Rongu_vallavalitsus, lk 165
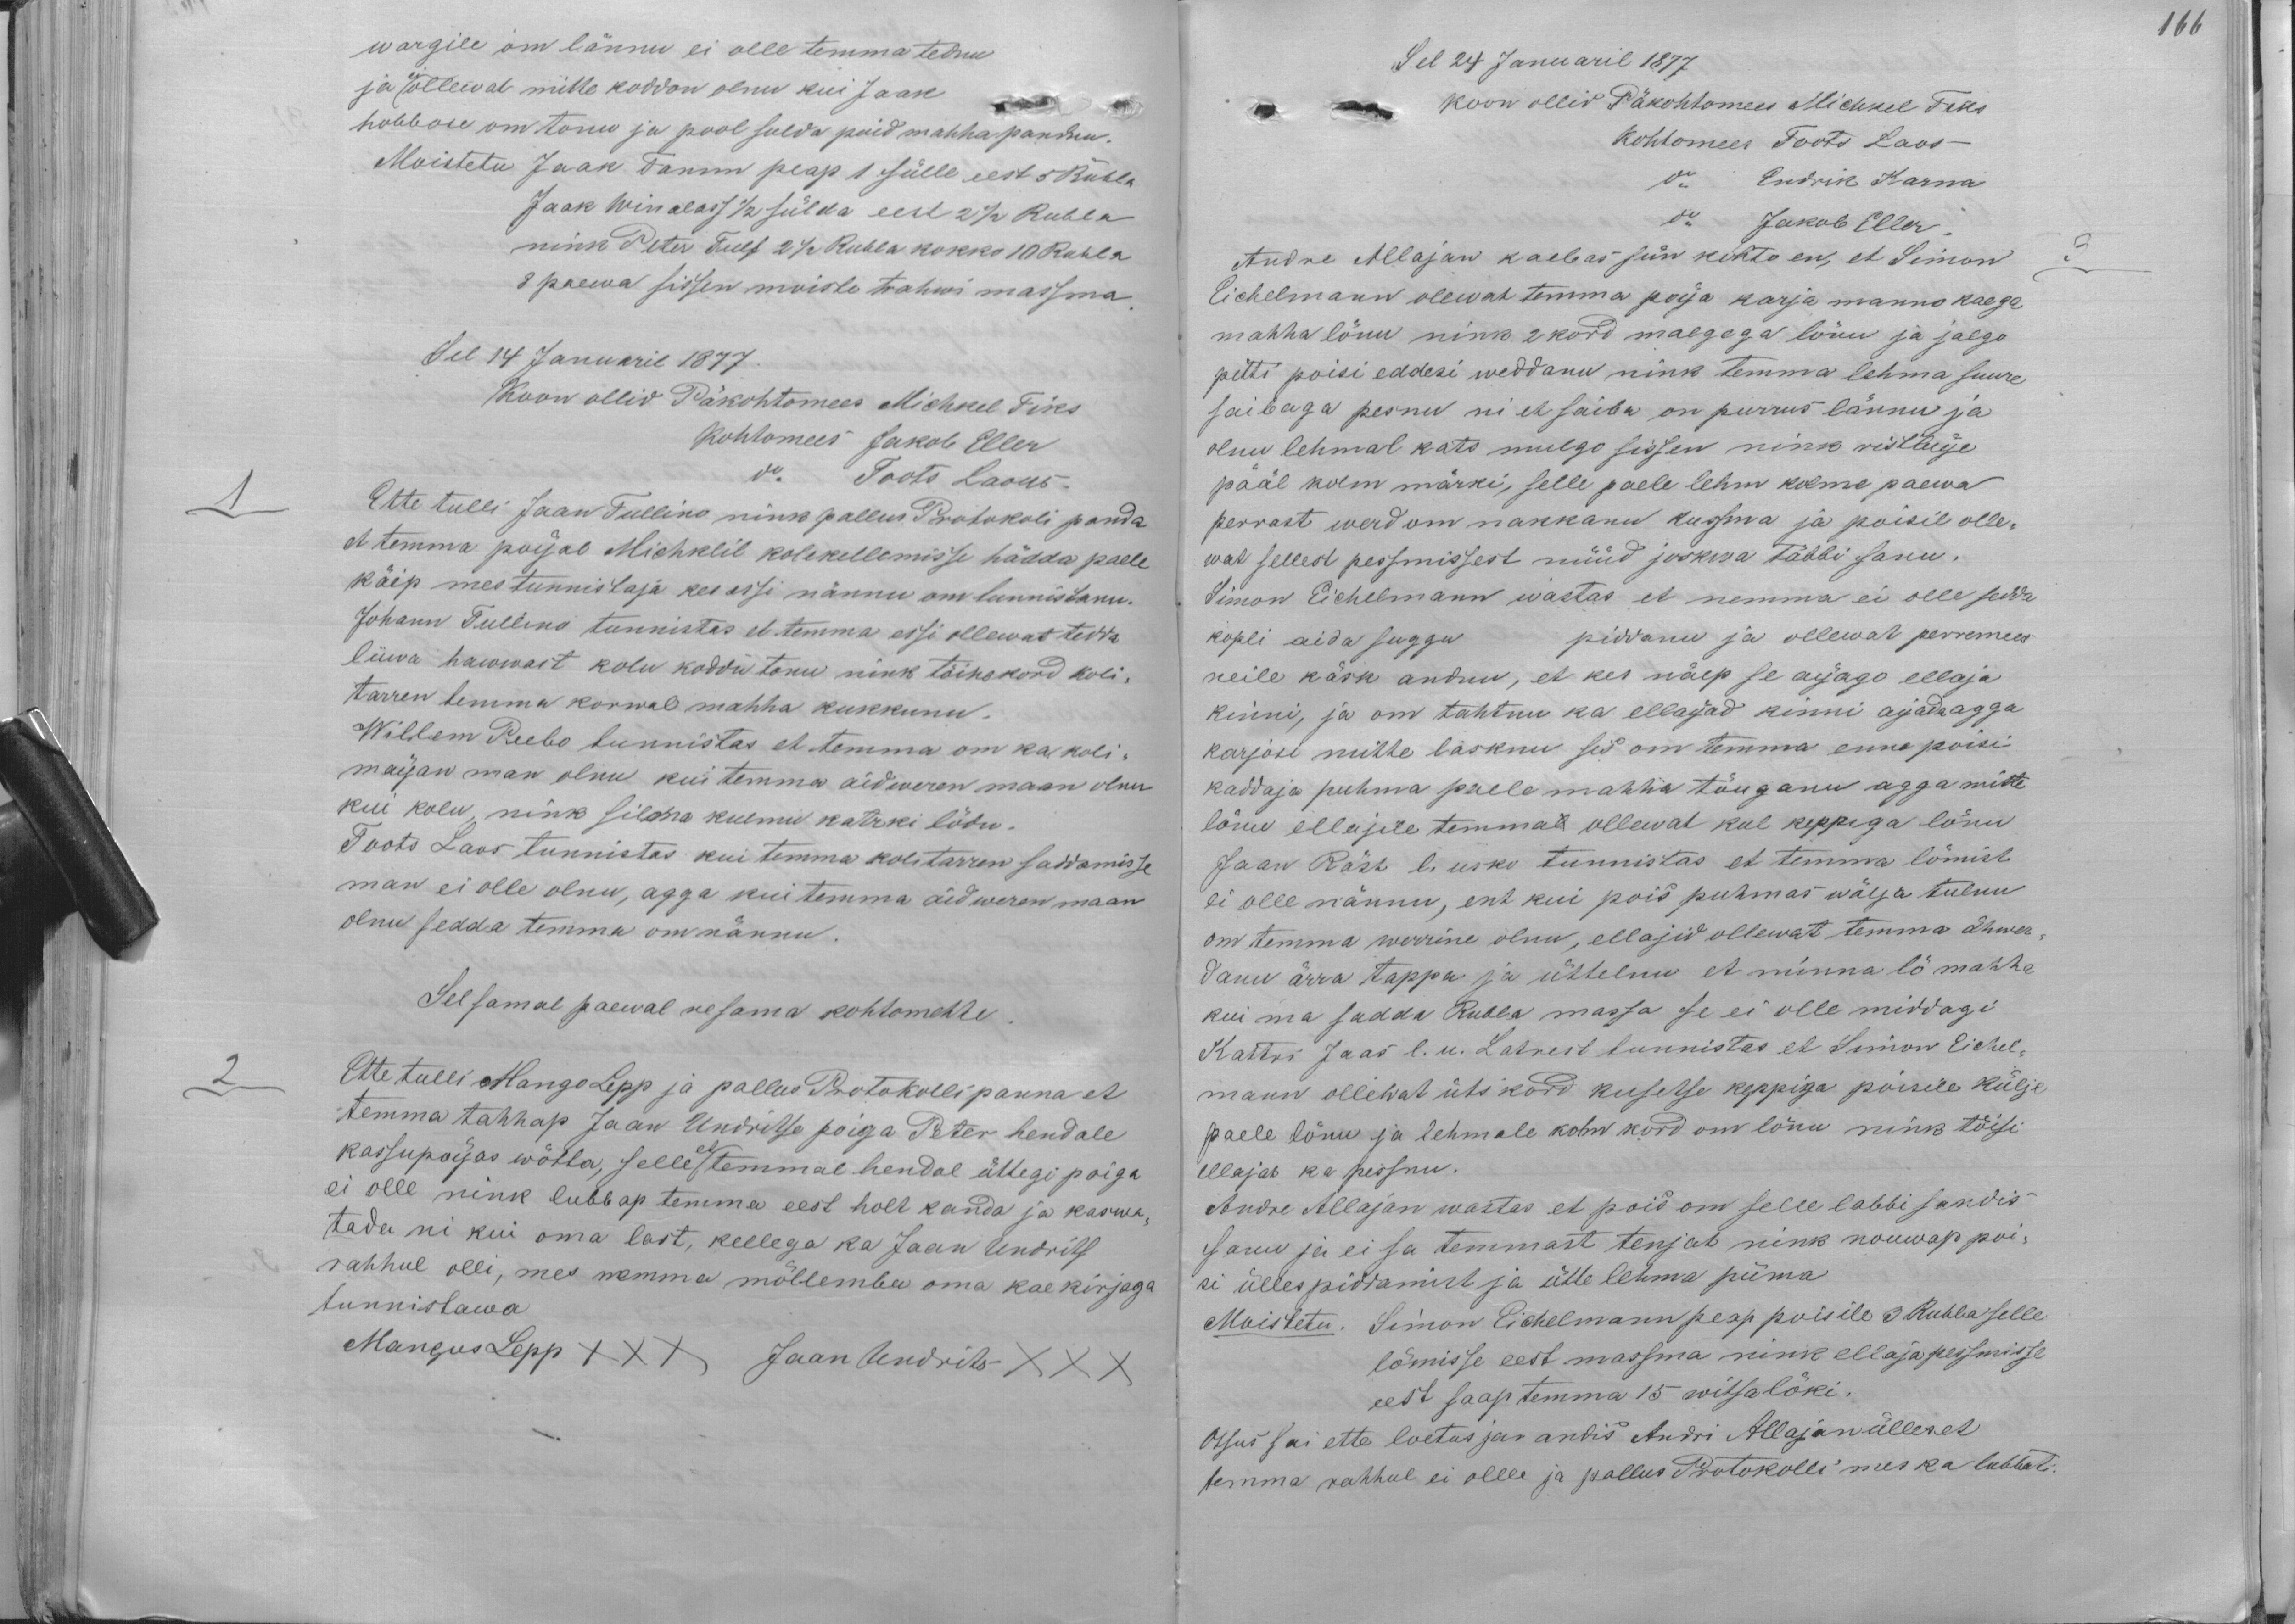
166

wargile om lännu ei olle temma tednu
ja ei ollewat mitte koddon olnu kui Jaak
hobbose om tonu ja pool sulda puid mahha pandnu.
Moistetu Jaak Tamm peap 1 sülle eest 5 Rubla
Jaak Winalass 1/2 sülda eest 2 1/2 Rubla
nink Peter Tulf 2 1/2 Rubla kokko 10 Rubla
8 paewa sissen moiste trahwi massma.
Sel 14 Januaril 1877
Koon ollid Päkohtomees Michkel Tiks
Kohtomees Jakob Eller
do Toots Laous.
Ette tulli Jaan Tullino nink pallus Protokoli panda
et temma poijal Michklil kolekellemisse hädda paele
käip mes tunnistaja kes essi nännu om tunnistanu.
Johann Tullino tunnistas et temma essi ollewat tedda
lüwa hawwast kolu koddu tonu nink tõine kord koli-
tarren temma korwal mahha kukkunu.
Willem Peebo tunnistas et temma om ka koli-
maijan man olnu kui temma aidweren maan olnu
kui kolu, nink silma kulmu katrki lödu.
Toots Laos tunnistas kui temma kolitarren saddamisse
man ei olle olnu, agga kui temma aidweren maan
olnu sedda temma om nännu.
Sel samal paewal nesama kohtomehhe.
2
Ette tulli Hango Lepp ja pallus Protokolli panna et
temma tahhap Jaan Undritse poiga Peter hendale
kassupoijas wõtta, selle et temmal hendal ühtegi poiga
ei olle nink lubbap temma eest holt kanda ja kaswa-
tada ni kui oma last, kellega ka Jaan Undrits
rahhul olli, mes nemma mõllemba oma kaekirjaga
tunnistawa
Mangus Lepp XXX Jaan Undrits XXX

Sel 24 Januaril 1877
koon ollid Päkohtomees Michkel Tiks
Kohtomees Toots Laos
do Endrik Karna
do Jakob Eller
Andre Allajan kaebas siin kohto en, et Simon
3
Eichelmann olewat temma poija karja manno kaega
mahha lönu nink 2 kord malgaga lönu ja jalgo
pitti poisi eddesi weddanu nink temma lehma suure
saibaga pesnu nii et saiba on purrus lännu ja
olnu lehmal kats mulgo sissen nink ristluije
pääl kolm märki, selle paele lehm kolme paewa
perrast werd om nakkanu kussma ja poisil olle-
wat sellest pessmissest nüüd jookwa tõbbi sanu.
Simon Eichelmann wastas et nemma ei olle sedda
kopli aida suggu piddanu ja ollewat perremees
neile käsk andnu, et kes näep se aijago ellaja
kinni, ja om tahtnu ka ellaijad kinni aijada agga
karjosi mitte lasknu sis on temma enne poisi
kaddaja puhma paele mahha tõuganu agga mitte
lönu ellajile temmal ollewat kul keppega lönu
Jaan Räsk l. usko tunnistas et temma lömist
ei olle nännu, ent kui pois puhmas wälja tulnu
om temma werrine olnu, ellajid ollewat temma ähwer-
danu ärra tappa ja üttelnu et minna lö mahha
kui ma sadda Rubla massa se ei olle middagi
Kattri Jaas l. u. Latrest tunnistas et Simon Eichel-
mann ollewat üts kord kusetse keppiga poisile külje
paele lönu ja lehmale kolm kord om lönu nink tõisi
ellajad ka pessnu.
Andre Allajan wastas et pois on selle labbi sandis
sanu ja ei sa temmast tenjat nink nouwap poi-
si üllespiddamist ja ütte lehma piima
Moistetu. Simon Eichelmann peap poisile 3 Rubla selle
lömisse eest massma nink ellaja pessmisse
eest saap temma 15 witsa löki.
Otsus sai ette loetus ja andis Andri Allajan üllen et
temma rahhul ei ollle ja pallus Protokolli mes ka lubbati.